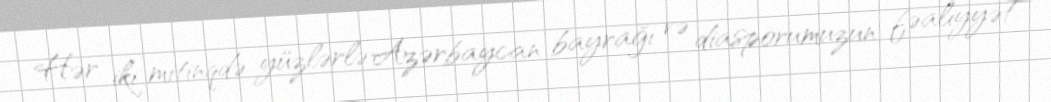
Hər iki mitinqdə yüzlərlə Azərbaycan bayrağı və diasporumuzun fəaliyyət